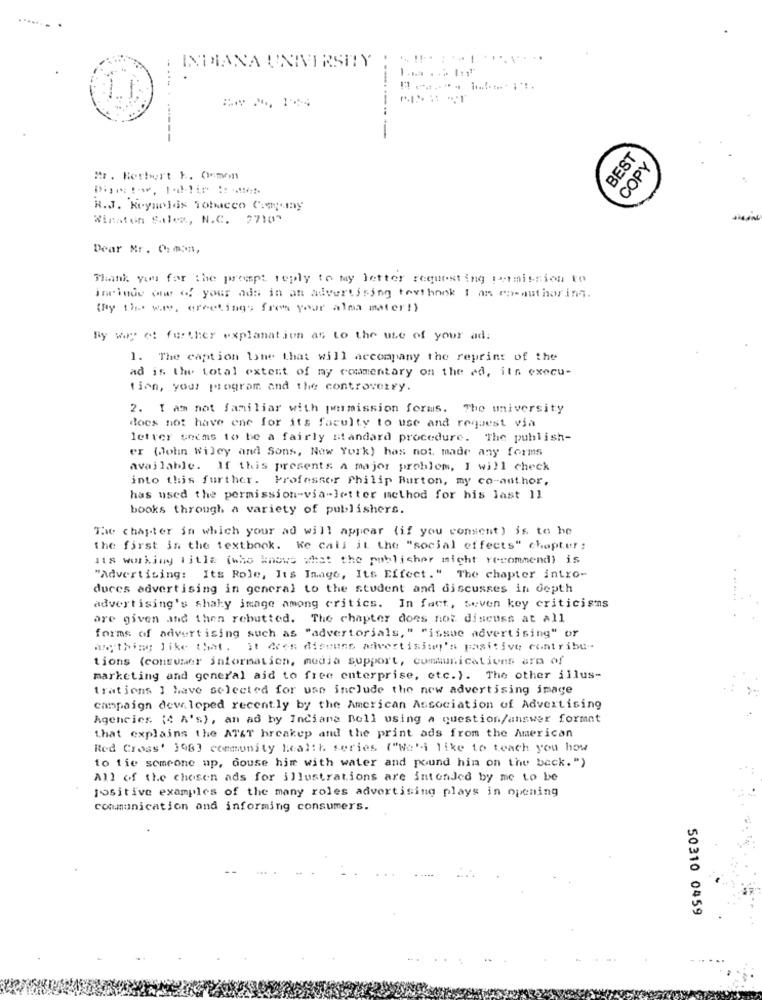
INDIANA UNIVERSITY
1.1;
------
BEST
COPY
Mr. Herbert E. Onmon
R.J. Reynolds Tobacco Comuny
Winston Salem, N.C. 7710"
Dear Mr. O:mon,
Thank you for the prompt reply to my letter requesting permission to
include one of your ads in an advertising textbook I as ra-author ing.
(By the way, greetings from your alma mater!)
By way of further explanation as to the use of your ad.
1. The caption Ione that will accompany the reprint of the
ad is the total extent of my commentary on the ed, its execu-
tion, your program and the controverry.
2. I am not familiar with permission forms. The university
does not have one for its faculty to use and request via
letter seems to be a fairly standard procedure. The publish-
er (John Wiley and Sons, New York) has not made any forms
available. If this presents a major problem, I will check
into this further. Professor Philip Burton, my co-author.
has used the permission-via-letter method for his last 11
books through a variety of publishers.
The chapter in which your ad will appear (if you consent) is to he
the first in the textbook. Ke call it the "social effects" chapter;
418 working Title (who knows what the publicher might recommend) is
"Advertising: Its Role, Its Image, Its Effect." The chapter intro-
duces advertising in general to the student and discusses in depth
advertising's shaky image among critics. In fact, seven key criticisms
ore given and then rebutted. The chapter does not discuss at all
forms of advertising such as "advertorials, " "issue advertising" or
anything like that. It Aces discuss advertising's positive contribu-
tions (consumer information, media support, cumaications arm of
marketing and general aid to free enterprise, etc.). The other illus-
trations I have selected for use include the new advertising image
campaign dew loped recently by the American Association of Advertising
Agencies (4 A's), an ad by Inciana Bell using a question/answer format
that explains the AT&T breakep and the print ads from the American
Red Cross' 1983 community health series ("We'i like to teach you how
to tie someone up, douse him with water and pound hin on the back.")
All of the chosen ads for illustrations are intended by me to be
ISsitive examples of the many roles advertising plays in opening
communication and informing consumers.
50310 0459